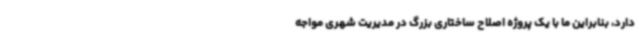
دارد، بنابراین ما با یک پروژه اصلاح ساختاری بزرگ در مدیریت شهری مواجه